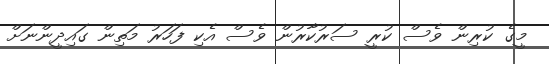
މީގެ ކުރިން ވެސް ކުރީ ސަރުކާރުން ވެސް އެކި ފަހަރު މަތިން ގައިދީންނަށް